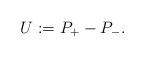
LaTeX: \begin{align*}U:=P_+-P_-.\end{align*}